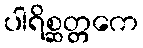
ပါရိစ္ဆတ္တကေ